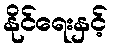
နိုင်ရေးနှင့်